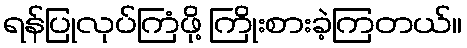
ရန်ပြုလုပ်ကြံဖို့ ကြိုးစားခဲ့ကြတယ်။